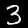
Label: 3